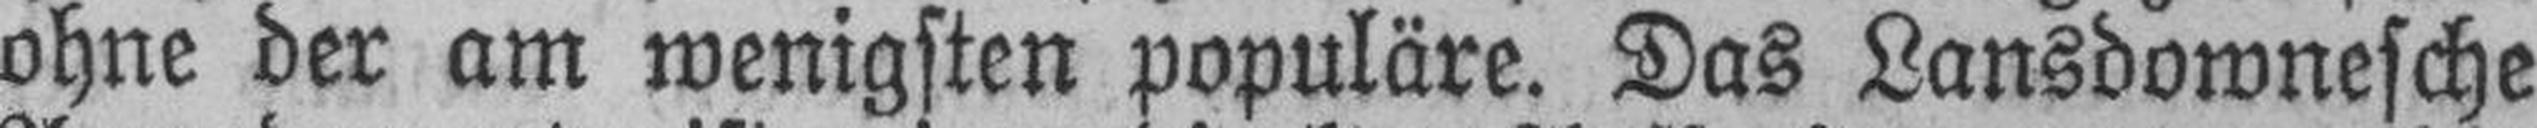
ohne der am wenigsten populäre. Das Lansdownesche